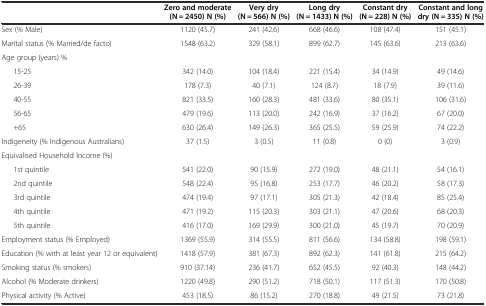
<table><thead><tr><td></td><td><b>Zero and moderate (N = 2450) N (%)</b></td><td><b>Very dry (N = 566) N (%)</b></td><td><b>Long dry (N = 1433) N (%)</b></td><td><b>Constant dry (N = 228) N (%)</b></td><td><b>Constant and long dry (N = 335) N (%)</b></td></tr></thead><tbody><tr><td>Sex (% Male)</td><td>1120 (45.7)</td><td>241 (42.6)</td><td>668 (46.6)</td><td>108 (47.4)</td><td>151 (45.1)</td></tr><tr><td>Marital status (% Married/de facto)</td><td>1548 (63.2)</td><td>329 (58.1)</td><td>899 (62.7)</td><td>145 (63.6)</td><td>213 (63.6)</td></tr><tr><td>Age group (years) %</td><td></td><td></td><td></td><td></td><td></td></tr><tr><td>15-25</td><td>342 (14.0)</td><td>104 (18.4)</td><td>221 (15.4)</td><td>34 (14.9)</td><td>49 (14.6)</td></tr><tr><td>26-39</td><td>178 (7.3)</td><td>40 (7.1)</td><td>124 (8.7)</td><td>18 (7.9)</td><td>39 (11.6)</td></tr><tr><td>40-55</td><td>821 (33.5)</td><td>160 (28.3)</td><td>481 (33.6)</td><td>80 (35.1)</td><td>106 (31.6)</td></tr><tr><td>56-65</td><td>479 (19.6)</td><td>113 (20.0)</td><td>242 (16.9)</td><td>37 (16.2)</td><td>67 (20.0)</td></tr><tr><td>+65</td><td>630 (26.4)</td><td>149 (26.3)</td><td>365 (25.5)</td><td>59 (25.9)</td><td>74 (22.2)</td></tr><tr><td>Indigeneity (% Indigenous Australians)</td><td>37 (1.5)</td><td>3 (0.5)</td><td>11 (0.8)</td><td>0 (0)</td><td>3 (0.9)</td></tr><tr><td>Equivalised Household Income (%)</td><td></td><td></td><td></td><td></td><td></td></tr><tr><td>1st quintile</td><td>541 (22.0)</td><td>90 (15.9)</td><td>272 (19.0)</td><td>48 (21.1)</td><td>54 (16.1)</td></tr><tr><td>2nd quintile</td><td>548 (22.4)</td><td>95 (16.8)</td><td>253 (17.7)</td><td>46 (20.2)</td><td>58 (17.3)</td></tr><tr><td>3rd quintile</td><td>474 (19.4)</td><td>97 (17.1)</td><td>305 (21.3)</td><td>42 (18.4)</td><td>85 (25.4)</td></tr><tr><td>4th quintile</td><td>471 (19.2)</td><td>115 (20.3)</td><td>303 (21.1)</td><td>47 (20.6)</td><td>68 (20.3)</td></tr><tr><td>5th quintile</td><td>416 (17.0)</td><td>169 (29.9)</td><td>300 (21.0)</td><td>45 (19.7)</td><td>70 (20.9)</td></tr><tr><td>Employment status (% Employed)</td><td>1369 (55.9)</td><td>314 (55.5)</td><td>811 (56.6)</td><td>134 (58.8)</td><td>198 (59.1)</td></tr><tr><td>Education (% with at least year 12 or equivalent)</td><td>1418 (57.9)</td><td>381 (67.3)</td><td>892 (62.3)</td><td>141 (61.8)</td><td>215 (64.2)</td></tr><tr><td>Smoking status (% smokers)</td><td>910 (37.14)</td><td>236 (41.7)</td><td>652 (45.5)</td><td>92 (40.3)</td><td>148 (44.2)</td></tr><tr><td>Alcohol (% Moderate drinkers)</td><td>1220 (49.8)</td><td>290 (51.2)</td><td>718 (50.1)</td><td>117 (51.3)</td><td>170 (50.8)</td></tr><tr><td>Physical activity (% Active)</td><td>453 (18.5)</td><td>86 (15.2)</td><td>270 (18.8)</td><td>49 (21.5)</td><td>73 (21.8)</td></tr></tbody></table>